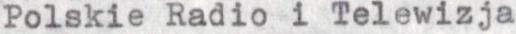
Polskie Radio i Telewizja